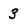
Character: 3